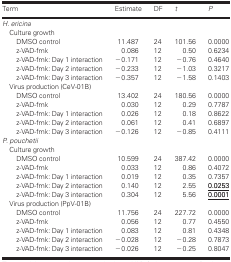
<table><thead><tr><td><b>Term</b></td><td><b>Estimate</b></td><td><b>DF</b></td><td><b><i>t</i></b></td><td><b><i>P</i></b></td></tr></thead><tbody><tr><td colspan="5"><i>H. ericina</i></td></tr><tr><td colspan="5"><b> </b>Culture growth</td></tr><tr><td>DMSO control</td><td>11.487</td><td>24</td><td>101.56</td><td>0.0000</td></tr><tr><td>z-VAD-fmk</td><td>0.086</td><td>12</td><td>0.50</td><td>0.6234</td></tr><tr><td>z-VAD-fmk: Day 1 interaction</td><td>−0.171</td><td>12</td><td>−0.76</td><td>0.4640</td></tr><tr><td>z-VAD-fmk: Day 2 interaction</td><td>−0.233</td><td>12</td><td>−1.03</td><td>0.3217</td></tr><tr><td>z-VAD-fmk: Day 3 interaction</td><td>−0.357</td><td>12</td><td>−1.58</td><td>0.1403</td></tr><tr><td colspan="5"> Virus production (CeV-01B)</td></tr><tr><td>DMSO control</td><td>13.402</td><td>24</td><td>180.56</td><td>0.0000</td></tr><tr><td>z-VAD-fmk</td><td>0.030</td><td>12</td><td>0.29</td><td>0.7787</td></tr><tr><td>z-VAD-fmk: Day 1 interaction</td><td>0.026</td><td>12</td><td>0.18</td><td>0.8622</td></tr><tr><td>z-VAD-fmk: Day 2 interaction</td><td>0.061</td><td>12</td><td>0.41</td><td>0.6897</td></tr><tr><td>z-VAD-fmk: Day 3 interaction</td><td>−0.126</td><td>12</td><td>−0.85</td><td>0.4111</td></tr><tr><td colspan="5"><i>P. pouchetii</i></td></tr><tr><td colspan="5"> Culture growth</td></tr><tr><td>DMSO control</td><td>10.599</td><td>24</td><td>387.42</td><td>0.0000</td></tr><tr><td>z-VAD-fmk</td><td>0.033</td><td>12</td><td>0.86</td><td>0.4072</td></tr><tr><td>z-VAD-fmk: Day 1 interaction</td><td>0.019</td><td>12</td><td>0.35</td><td>0.7357</td></tr><tr><td>z-VAD-fmk: Day 2 interaction</td><td>0.140</td><td>12</td><td>2.55</td><td><underline><b>0.0253</b></underline></td></tr><tr><td>z-VAD-fmk: Day 3 interaction</td><td>0.304</td><td>12</td><td>5.56</td><td><underline><b>0.0001</b></underline></td></tr><tr><td colspan="5"> Virus production (PpV-01B)</td></tr><tr><td>DMSO control</td><td>11.756</td><td>24</td><td>227.72</td><td>0.0000</td></tr><tr><td>z-VAD-fmk</td><td>0.056</td><td>12</td><td>0.77</td><td>0.4550</td></tr><tr><td>z-VAD-fmk: Day 1 interaction</td><td>0.083</td><td>12</td><td>0.81</td><td>0.4348</td></tr><tr><td>z-VAD-fmk: Day 2 interaction</td><td>−0.028</td><td>12</td><td>−0.28</td><td>0.7873</td></tr><tr><td>z-VAD-fmk: Day 3 interaction</td><td>−0.026</td><td>12</td><td>−0.25</td><td>0.8047</td></tr></tbody></table>